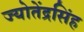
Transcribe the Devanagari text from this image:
ज्योतेंद्रसिंह